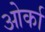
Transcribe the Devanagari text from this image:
ओर्का